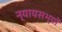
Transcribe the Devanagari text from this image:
न्यायसभ्यों